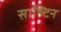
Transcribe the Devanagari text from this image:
साल्टिन